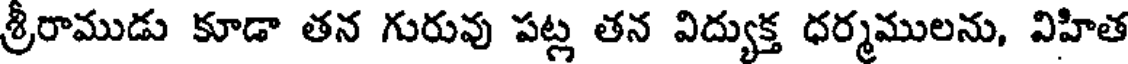
శ్రీరాముడు కూడా తన గురువు పట్ల తన విద్యుక్త ధర్మములను, విహిత